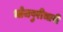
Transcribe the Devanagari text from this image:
भोजपुरीभाषी